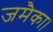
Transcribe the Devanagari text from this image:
जमैका।